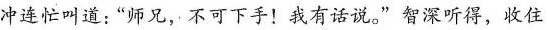
冲连忙叫道：“师兄，不可下手！我有话说。”智深听得，收住